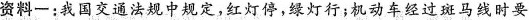
资料-：我国交通法规中规定，红灯停，绿灯行；机动车经过斑马线时要